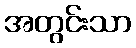
အတွင်းသာ